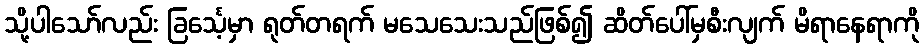
သို့ပါသော်လည်း ခြင်္သေ့မှာ ရုတ်တရက် မသေသေးသည်ဖြစ်၍ ဆိတ်ပေါ်မှစီးလျက် မိရာနေရာကို